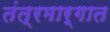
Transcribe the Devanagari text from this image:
तंत्रमार्गात